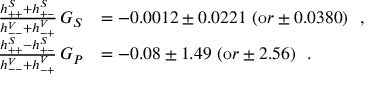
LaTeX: \begin{array} { r l } { { \frac { h _ { + + } ^ { S } + h _ { + - } ^ { S } } { h _ { -- } ^ { V } + h _ { - + } ^ { V } } \, G _ { S } } } & { { = - 0 . 0 0 1 2 \pm 0 . 0 2 2 1 \ ( { \mathrm o r } \pm 0 . 0 3 8 0 ) \ \ , \ \ } } \\ { { \frac { h _ { + + } ^ { S } - h _ { + - } ^ { S } } { h _ { -- } ^ { V } + h _ { - + } ^ { V } } \, G _ { P } } } & { { = - 0 . 0 8 \pm 1 . 4 9 \ ( { \mathrm o r } \pm 2 . 5 6 ) \ \ . \ \ } } \end{array}